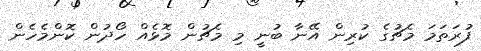
ފުރަތަމަ މެޗުގެ ކުރިން އޭނާ ބުނީ މި މެޗުން މޮޅެއް ހޯދުން ކޮންމެހެން